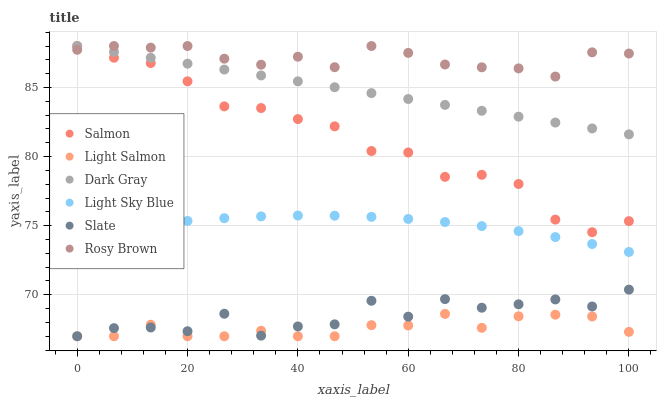
| xaxis_label | Salmon | Light Salmon | Dark Gray | Light Sky Blue | Slate | Rosy Brown |
 | --- | --- | --- | --- | --- | --- | --- |
 | 0 | 88 | 67 | 88 | 74.3 | 67 | 87.7 |
 | 6.67 | 87.2 | 67 | 87.6 | 74.7 | 67.6 | 88 |
 | 13.3 | 86.8 | 67.8 | 87.1 | 75.1 | 67.6 | 87.9 |
 | 20 | 85.4 | 67 | 86.7 | 75.3 | 67.4 | 88 |
 | 26.7 | 83.6 | 67 | 86.3 | 75.5 | 68.6 | 87.1 |
 | 33.3 | 83.5 | 67.4 | 85.9 | 75.7 | 67 | 86.6 |
 | 40 | 82.7 | 67 | 85.4 | 75.7 | 67.7 | 87.2 |
 | 46.7 | 82.2 | 67 | 85 | 75.7 | 67.9 | 86.5 |
 | 53.3 | 80.4 | 67.8 | 84.6 | 75.6 | 69.6 | 88 |
 | 60 | 80.3 | 67.8 | 84.2 | 75.5 | 68.4 | 87.5 |
 | 66.7 | 78.5 | 68.6 | 83.7 | 75.3 | 69.7 | 86.7 |
 | 73.3 | 78.7 | 67.6 | 83.3 | 75 | 69.1 | 86.5 |
 | 80 | 78 | 68.4 | 82.9 | 74.6 | 69.3 | 86.4 |
 | 86.7 | 75.4 | 68.6 | 82.5 | 74.2 | 69.7 | 85.8 |
 | 93.3 | 74.5 | 68.4 | 82 | 73.7 | 69.2 | 87.5 |
 | 100 | 75.3 | 67.3 | 81.6 | 73.1 | 70.4 | 87.5 |